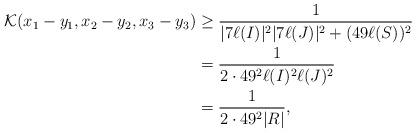
LaTeX: \begin{align*}\mathcal K(x_1-y_1, x_2-y_2, x_3-y_3) &\geq \frac{1}{|7\ell(I)|^{2} |7\ell(J)|^{2}+(49\ell(S))^2}\\ & = {1\over 2\cdot 49^2 \ell(I)^2\ell(J)^2 }\\ &= {1\over 2\cdot 49^2 |R|}, \end{align*}